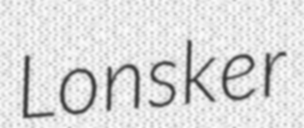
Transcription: Lonsker